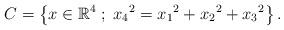
LaTeX: \begin{align*} C= \left\lbrace x \in \mathbb{R}^{4} \; ; \; {x_4}^2={x_1}^2+{x_2}^2+{x_3}^2 \right\rbrace.\end{align*}